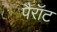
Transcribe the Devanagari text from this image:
पैरॉट